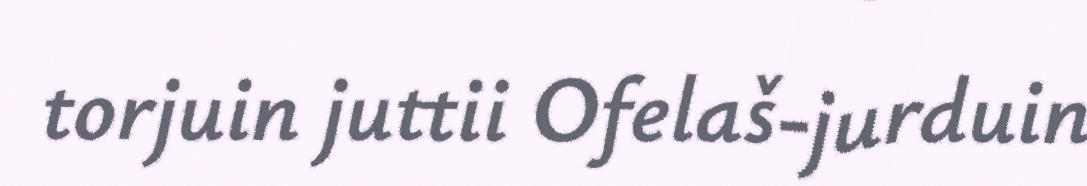
torjuin juttii Ofelaš-jurduin